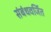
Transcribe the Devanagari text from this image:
संबंधवर्जित